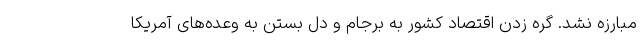
مبارزه نشد. گره زدن اقتصاد کشور به برجام و دل بستن به وعده‌های آمریکا